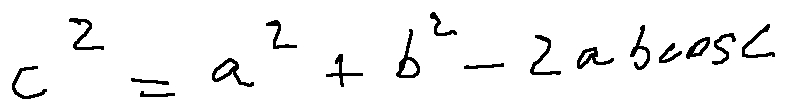
c ^ { 2 } = a ^ { 2 } + b ^ { 2 } - 2 a b \cos C